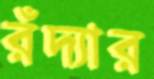
রঁদ্যার